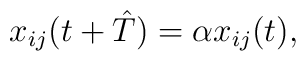
x_{ij}(t+\hat{T})=\alpha x_{ij}(t),